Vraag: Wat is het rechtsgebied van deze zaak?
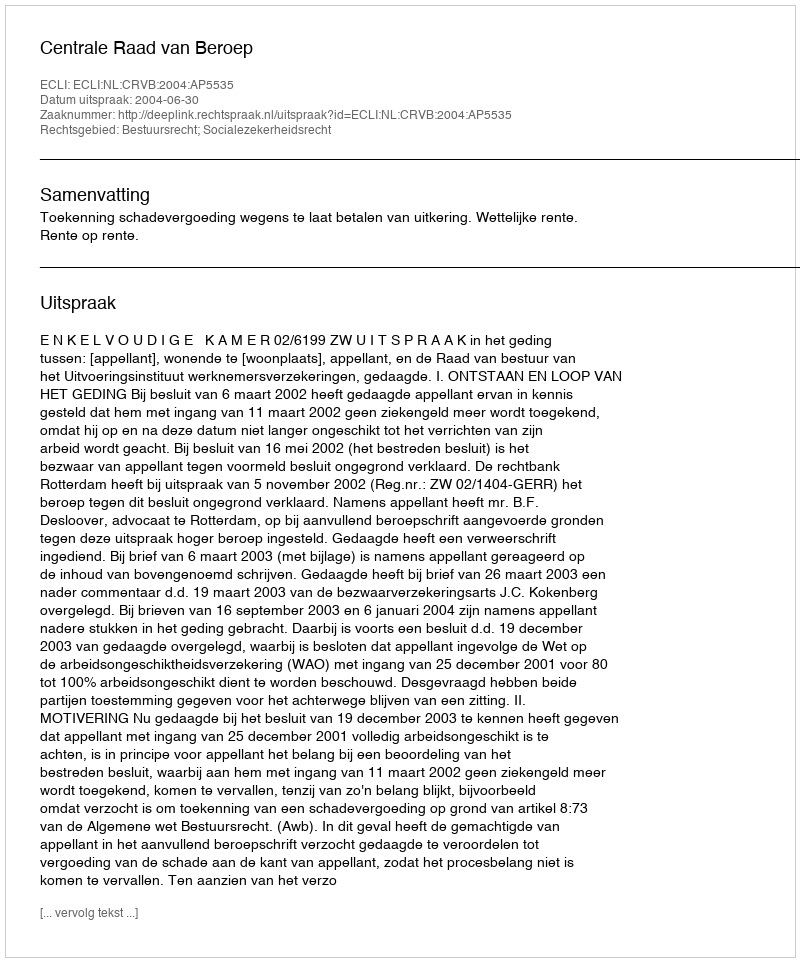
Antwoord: Bestuursrecht; Socialezekerheidsrecht